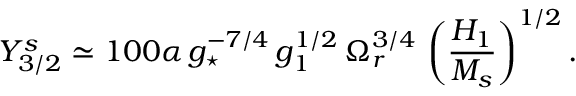
Y _ { 3 / 2 } ^ { s } \simeq 1 0 0 \alpha \, g _ { \star } ^ { - 7 / 4 } \, g _ { 1 } ^ { 1 / 2 } \, \Omega _ { r } ^ { 3 / 4 } \, \left( \frac { H _ { 1 } } { M _ { s } } \right) ^ { 1 / 2 } .